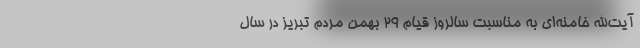
آیت‌الله خامنه‌ای به‌ مناسبت سالروز قیام ۲۹ بهمن مردم تبریز در سال